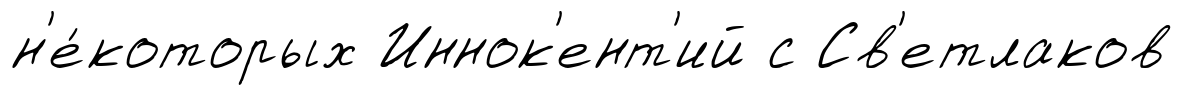
н'е́которых Иннок'ент'ий с Св'етлаков